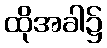
ထိုအခါ၌